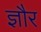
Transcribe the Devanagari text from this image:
ज्ञौर